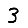
Digit: 3